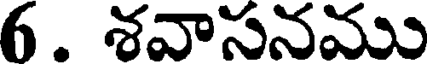
6. శవాసనము